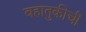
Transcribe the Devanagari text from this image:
वहातुकीची